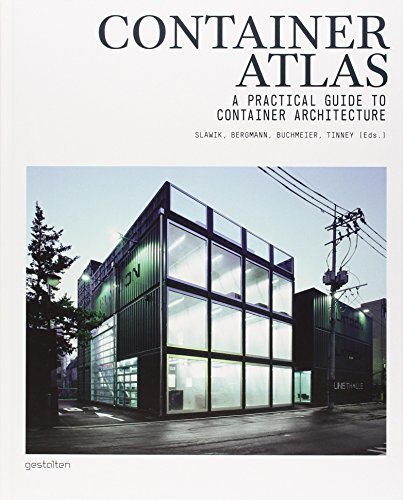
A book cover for Container Atlas: A Practical Guide to Container Architecture; Arts & Photography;